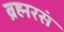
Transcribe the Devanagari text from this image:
ब्रह्मरसं